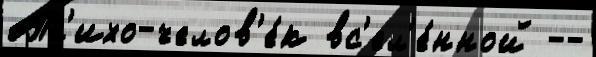
 Пс'ихо-челов'е́к вс'ел'е́нной --